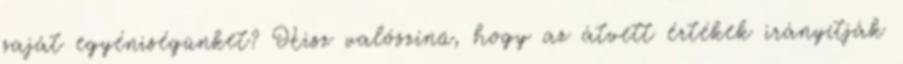
saját egyéniségünket? Hisz valószínű, hogy az átvett értékek irányítják